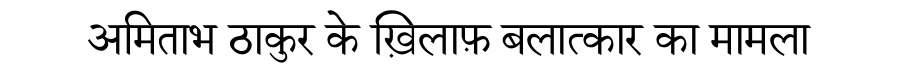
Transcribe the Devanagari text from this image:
अमिताभ ठाकुर के ख़िलाफ़ बलात्कार का मामला